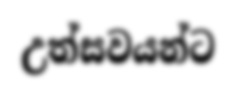
උත්සවයන්ට